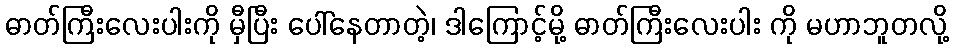
ဓာတ်ကြီးလေးပါးကို မှီပြီး ပေါ်နေတာတဲ့၊ ဒါကြောင့်မို့ ဓာတ်ကြီးလေးပါး ကို မဟာဘူတလို့